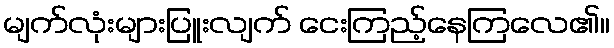
မျက်လုံးများပြူးလျက် ငေးကြည့်နေကြလေ၏။